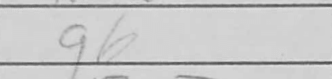
Transcription: g6